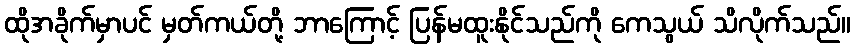
ထိုအခိုက်မှာပင် မှတ်ကယ်တို့ ဘာကြောင့် ပြန်မထူးနိုင်သည်ကို ကေသွယ် သိလိုက်သည်။